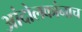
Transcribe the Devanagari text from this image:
आंदोलकांनाच